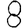
Digit: 8